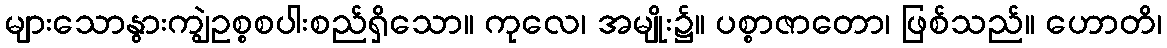
များသောနွားကျွဲဥစ္စစပါးစည်ရှိသော။ ကုလေ၊ အမျိုး၌။ ပစ္စာဇာတော၊ ဖြစ်သည်။ ဟောတိ၊